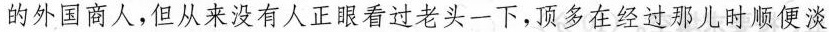
的外国商人，但从来没有人正眼看过老头一下，顶多在经过那儿时顺便淡